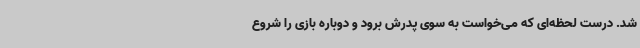
شد. درست لحظه‌ای که می‌خواست به سوی پدرش برود و دوباره بازی را شروع